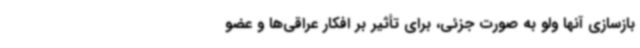
بازسازی آنها ولو به صورت جزئی، برای تأثیر بر افکار عراقی‌ها و عضو